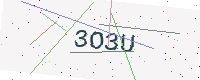
Text: 3O3U